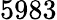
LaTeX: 5983